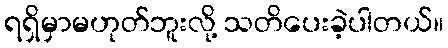
ရရှိမှာမဟုတ်ဘူးလို့ သတိပေးခဲ့ပါတယ်။